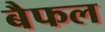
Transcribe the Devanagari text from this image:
बैफल